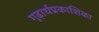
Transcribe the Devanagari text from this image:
गूढ़ार्थप्रकाशिका